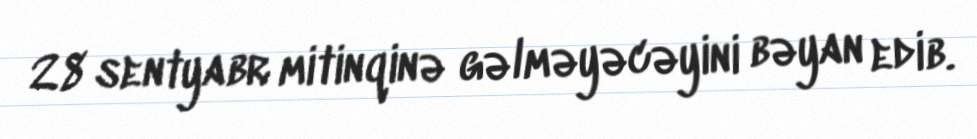
28 sentyabr mitinqinə gəlməyəcəyini bəyan edib.